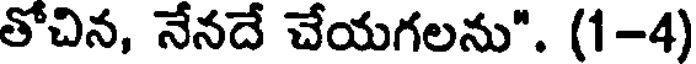
తోచిన, నేనదే చేయగలను". (1-4)